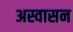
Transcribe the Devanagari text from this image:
अस्वासन